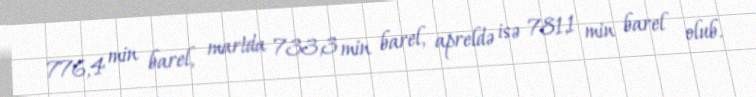
776,4 min barel, martda 733,3 min barel, apreldə isə 781,1 min barel olub.